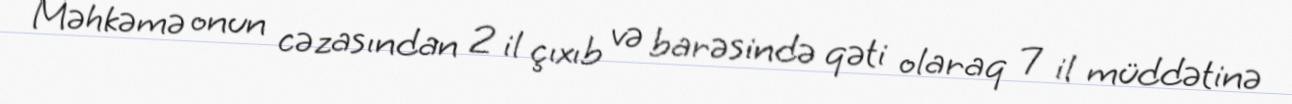
Məhkəmə onun cəzasından 2 il çıxıb və barəsində qəti olaraq 7 il müddətinə